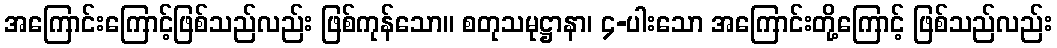
အကြောင်းကြောင့်ဖြစ်သည်လည်း ဖြစ်ကုန်သော။ စတုသမုဋ္ဌာနာ၊ ၄-ပါးသော အကြောင်းတို့ကြောင့် ဖြစ်သည်လည်း